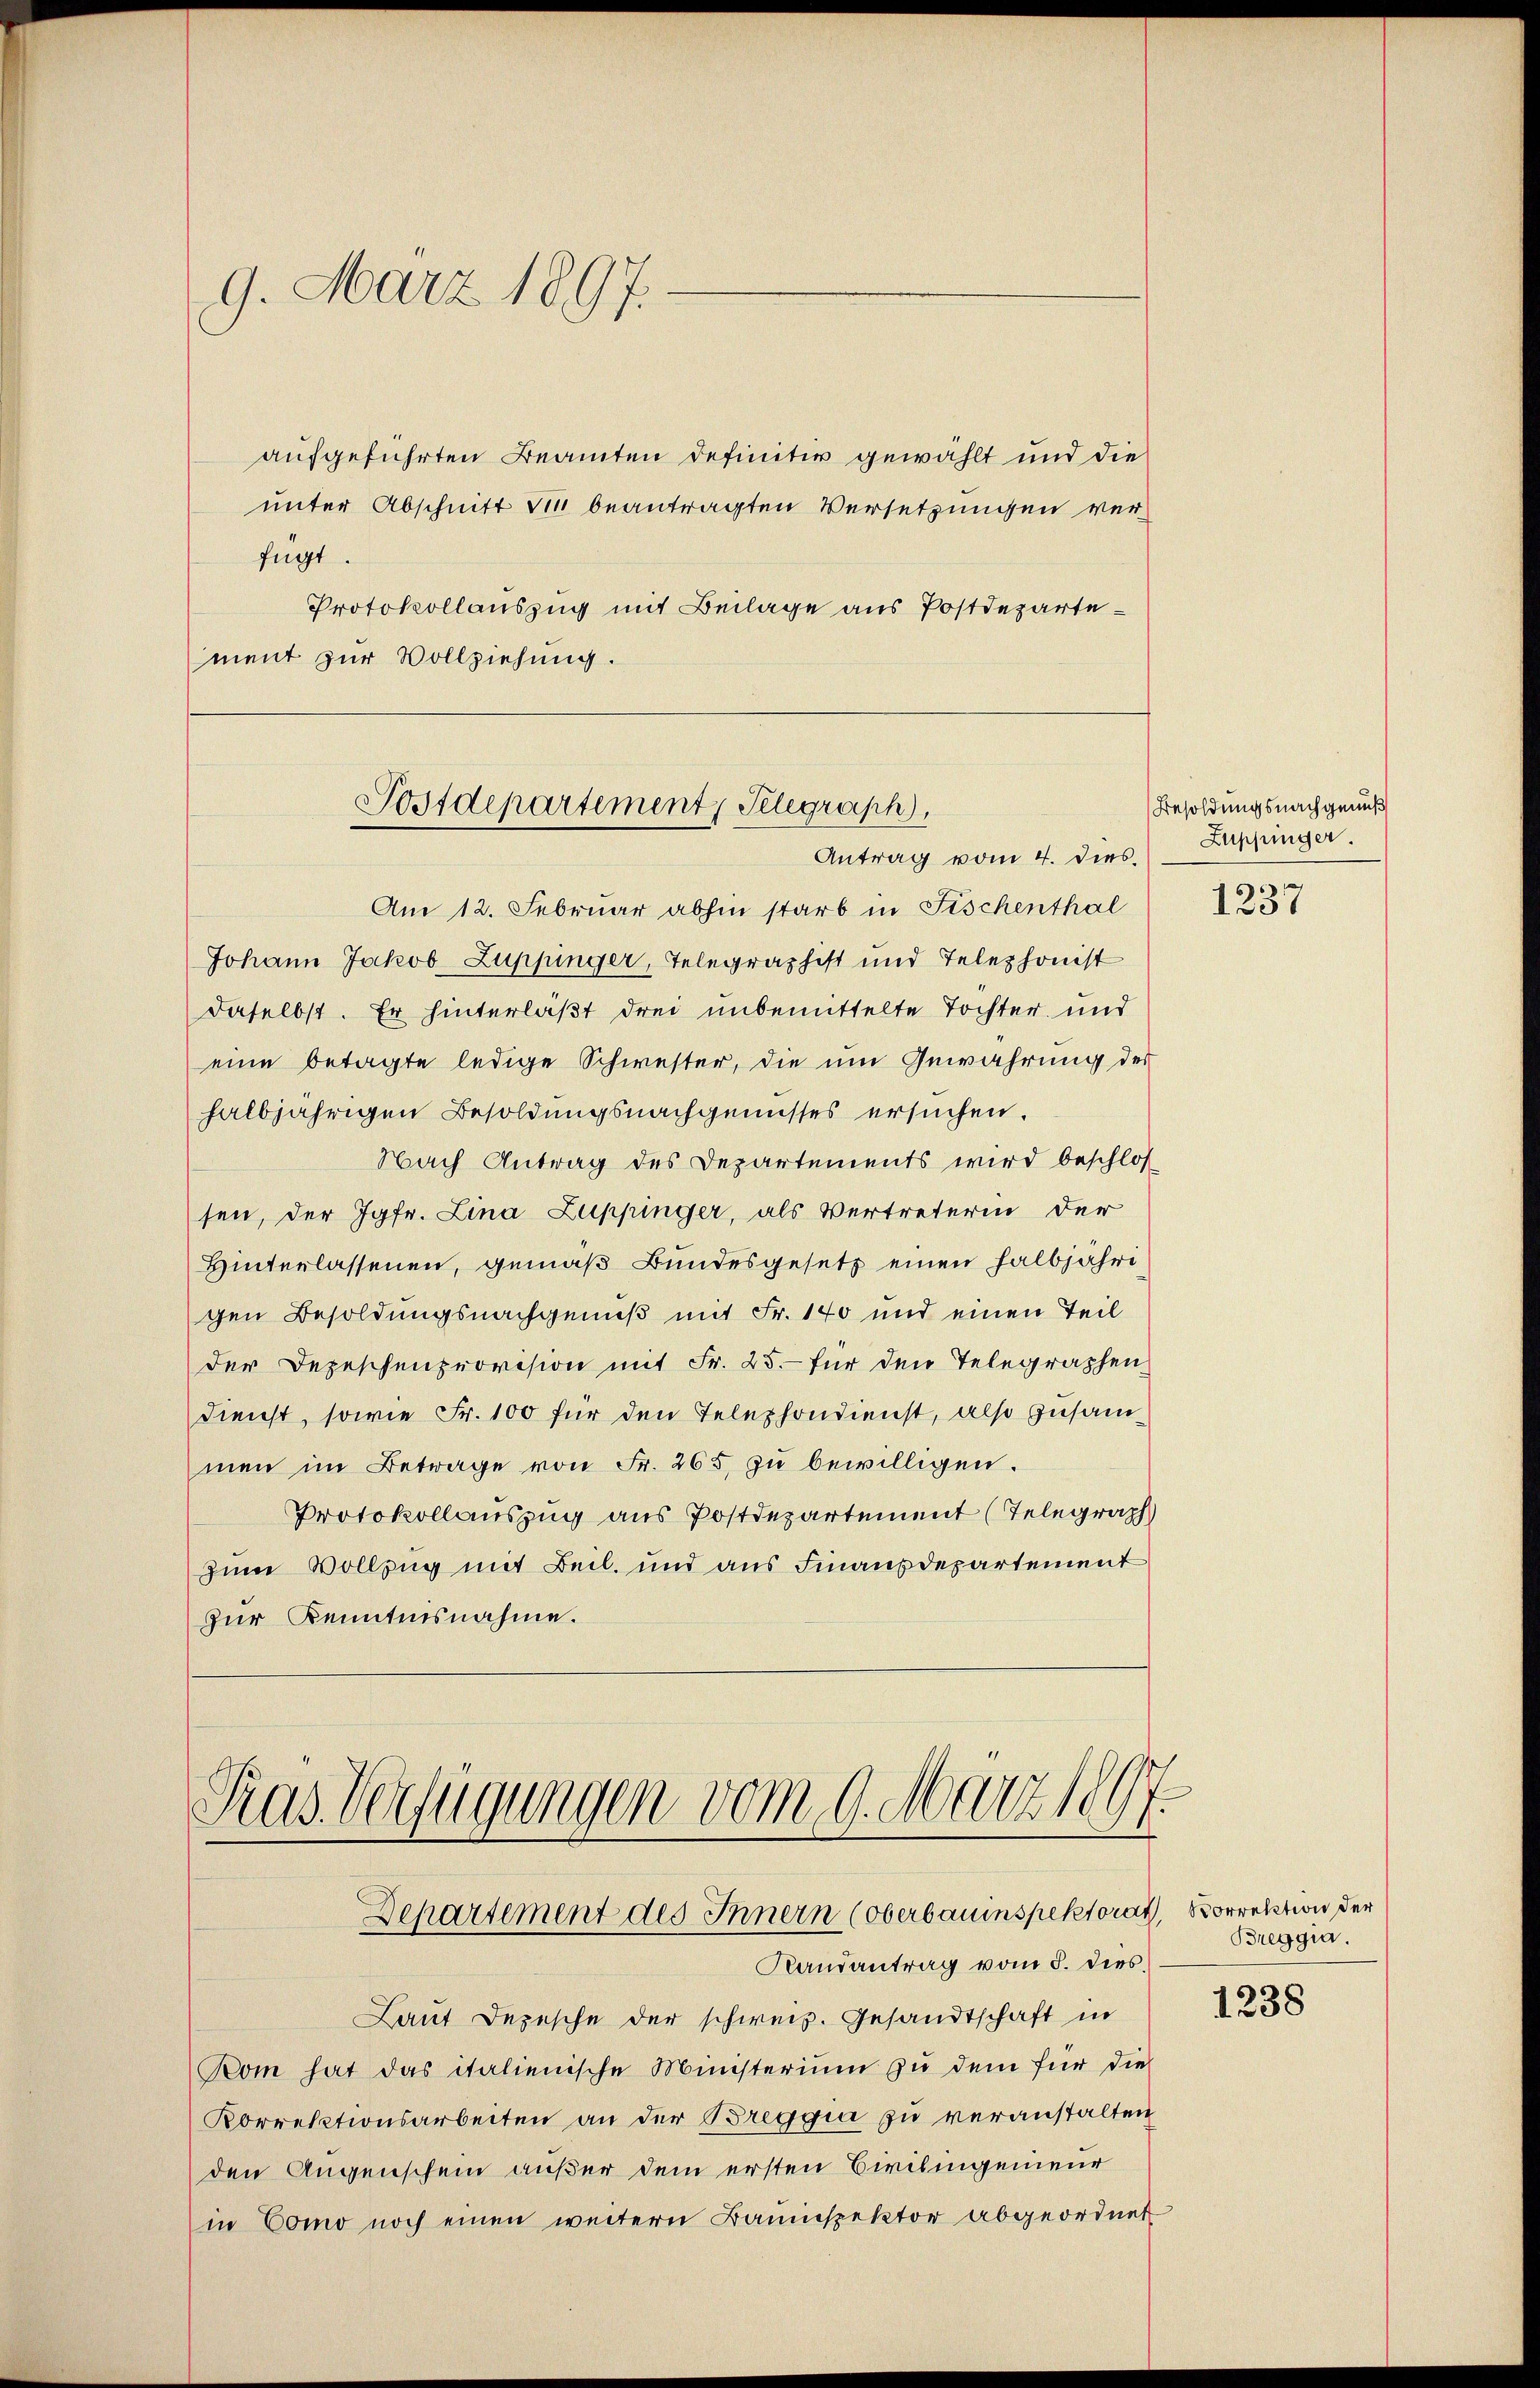
9. März 1897.

aufgeführten Beamten definitiv gewählt und die
unter Abschnitt die beantragten Versetzungen verfügt.
Protokollauszug mit Beilage aus Postdepartement zur Vollziehung.

Postdepartement, Gelegraph,
Antrag vom 4. dies. Zuppinger.

Am 12. Februar abhin starb in Fischenthal
Johann Jakob Zuppinger, Telegraphist und Telephonist
daselbst. Er hinterlaßt drei unbemittelte Tochter und
eine betagte ledige Schwester, die um Gewahrung der
halbjährigen Besoldungsnachgenusses ersuchen.
Nach Antrag des Departements wird beschlos
sen, der Jgfr. Lina Zuppinger, als Vertreterin der
Hinterlassenen, gemäß Bundesgesetz einen halbjährigen Besoldungsnachgenuß mit Fr. 140 und einen Teil
der Depeschenprovision mit Fr. 25.- für den Telegraphen
dienst, sowie Fr. 100 für den Telephondienst, also zusammen im Betrage von Fr. 265 zu bewilligen.
Protokollauszug aus Postdepartement (Telegraph
zum Vollzug mit Beil. und aus Finanzdepartement
zur Kenntnisnahme.

Tras Verfügungen vom 9. März 1897.
Departement des Innern (Oberbauinspektorat, Korrektion der
Randantrag vom 8. dies

Laut Depesche der schweiz. Gesandtschaft in
Rom hat das italienische Ministerium zu dem für die
Korrektionsarbeiten an der Breggia zu veranstalten,
den Augenschein außer dem ersten Birlingenieur
in Como noch einen weitern Bauinspektor abgeordnet

Besoldungsnachgenuß

x
1251

Breggia.

1238